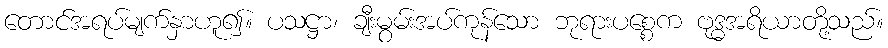
တောင်အရပ်မျက်နှာဟူ၍။ ပသဋ္ဌာ၊ ချီးမွမ်းအပ်ကုန်သော ဘုရားပစ္စေက ဗုဒ္ဓအရိယာတို့သည်။